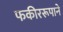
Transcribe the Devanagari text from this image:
फकीररूपाने